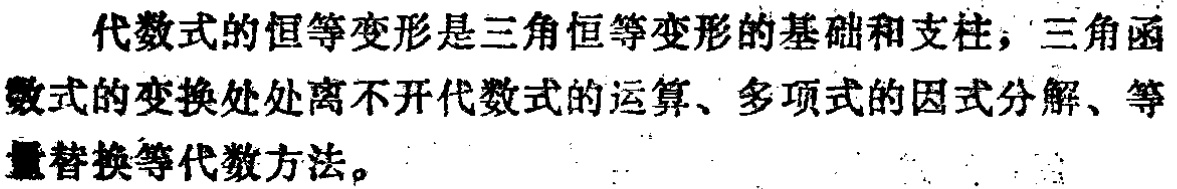
代数式的恒等变形是三角恒等变形的基础和支柱，三角函数式的变换处处离不开代数式的运算、多项式的因式分解、等量替换等代数方法。